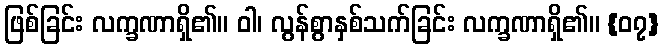
ဖြစ်ခြင်း လက္ခဏာရှိ၏။ ဝါ၊ လွန်စွာနှစ်သက်ခြင်း လက္ခဏာရှိ၏။ {၀၇}